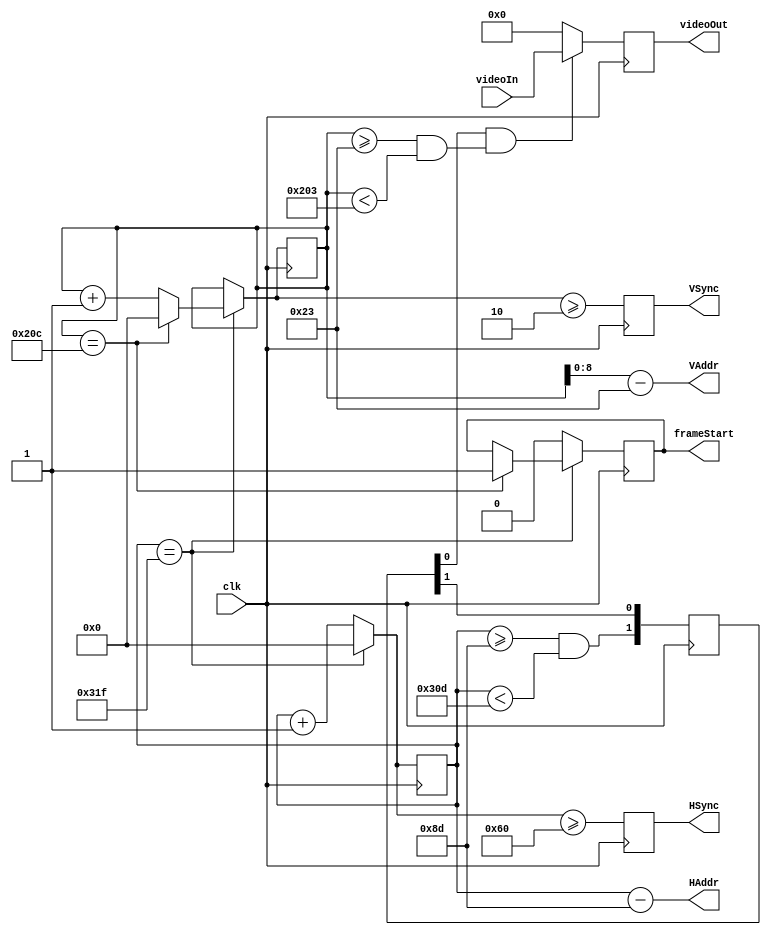
`timescale 1ns / 1ps
/**
 * VGA scanning module. 640x480@59.94Hz; 59.5238Hz in practice since
 * it is difficult to generate a 25.175MHz clock. Input clock runs at 25MHz.
 * Color depth is 4 bits for each channel.
 * 
 * @author Yunye Pu
 */
module VGAScan(
	input clk, input [11:0] videoIn,
	output [9:0] HAddr, output [8:0] VAddr,	output reg frameStart,
	output reg HSync,
	output reg VSync,
	output reg [11:0] videoOut
);
parameter PIPE_STAGE = 10'd2;//Must be at least 2.
parameter HCALIBRATE = 10'd0;
parameter VCALIBRATE = 10'd0;

localparam HSTART = 10'd143 + HCALIBRATE - PIPE_STAGE;
localparam HEND = 10'd783 + HCALIBRATE - PIPE_STAGE;
localparam VSTART = 10'd35 + VCALIBRATE;
localparam VEND = 10'd515 + VCALIBRATE;

	reg [9:0] HCount;
	reg [9:0] VCount;
	wire HActive, VActive;
	wire [9:0] _HAddr, _VAddr;
	
	reg [PIPE_STAGE-1:0] HActive_FF;

	assign HActive = (HCount >= HSTART && HCount < HEND);
	assign VActive = (VCount >= VSTART && VCount < VEND);
	assign _HAddr = HCount - HSTART;
	assign _VAddr = VCount - VSTART;

	assign HAddr = _HAddr;
	assign VAddr = _VAddr[8:0];

	initial begin
		HCount = 10'h0;
		VCount = 10'h0;
	end

	always @ (posedge clk)
	begin
		if(HCount == 10'd799)
		begin
			HCount = 10'h0;
			if(VCount == 10'd524)
			begin
				VCount = 10'h0;
				frameStart <= 1'b1;
			end
			else
				VCount = VCount + 1'b1;
		end
		else
		begin
			HCount = HCount + 1'b1;
			frameStart <= 1'b0;
		end

		if(HActive_FF[0] && VActive)
			videoOut <= videoIn;
		else
			videoOut <= 8'h0;

		HActive_FF <= {HActive, HActive_FF[PIPE_STAGE-1:1]};
		HSync <= (HCount >= 10'd96);
		VSync <= (VCount >= 10'd2);
	end

endmodule